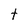
Character: t